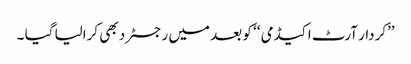
’’کردار آرٹ اکیڈمی ‘‘ کو بعد میں رجسٹرد بھی کرالیا گیا ۔